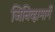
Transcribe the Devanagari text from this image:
जिनिव्हामार्गे